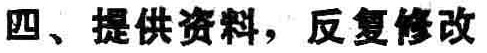
四、提供资料，反复修改